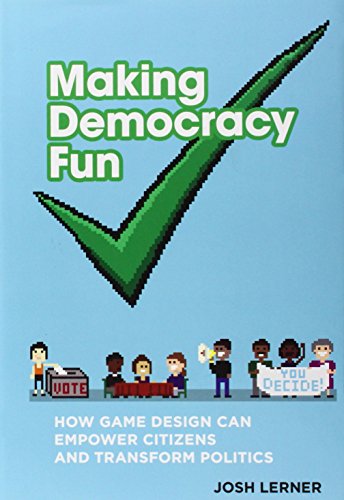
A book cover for Making Democracy Fun: How Game Design Can Empower Citizens and Transform Politics; Josh A. Lerner; Computers & Technology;